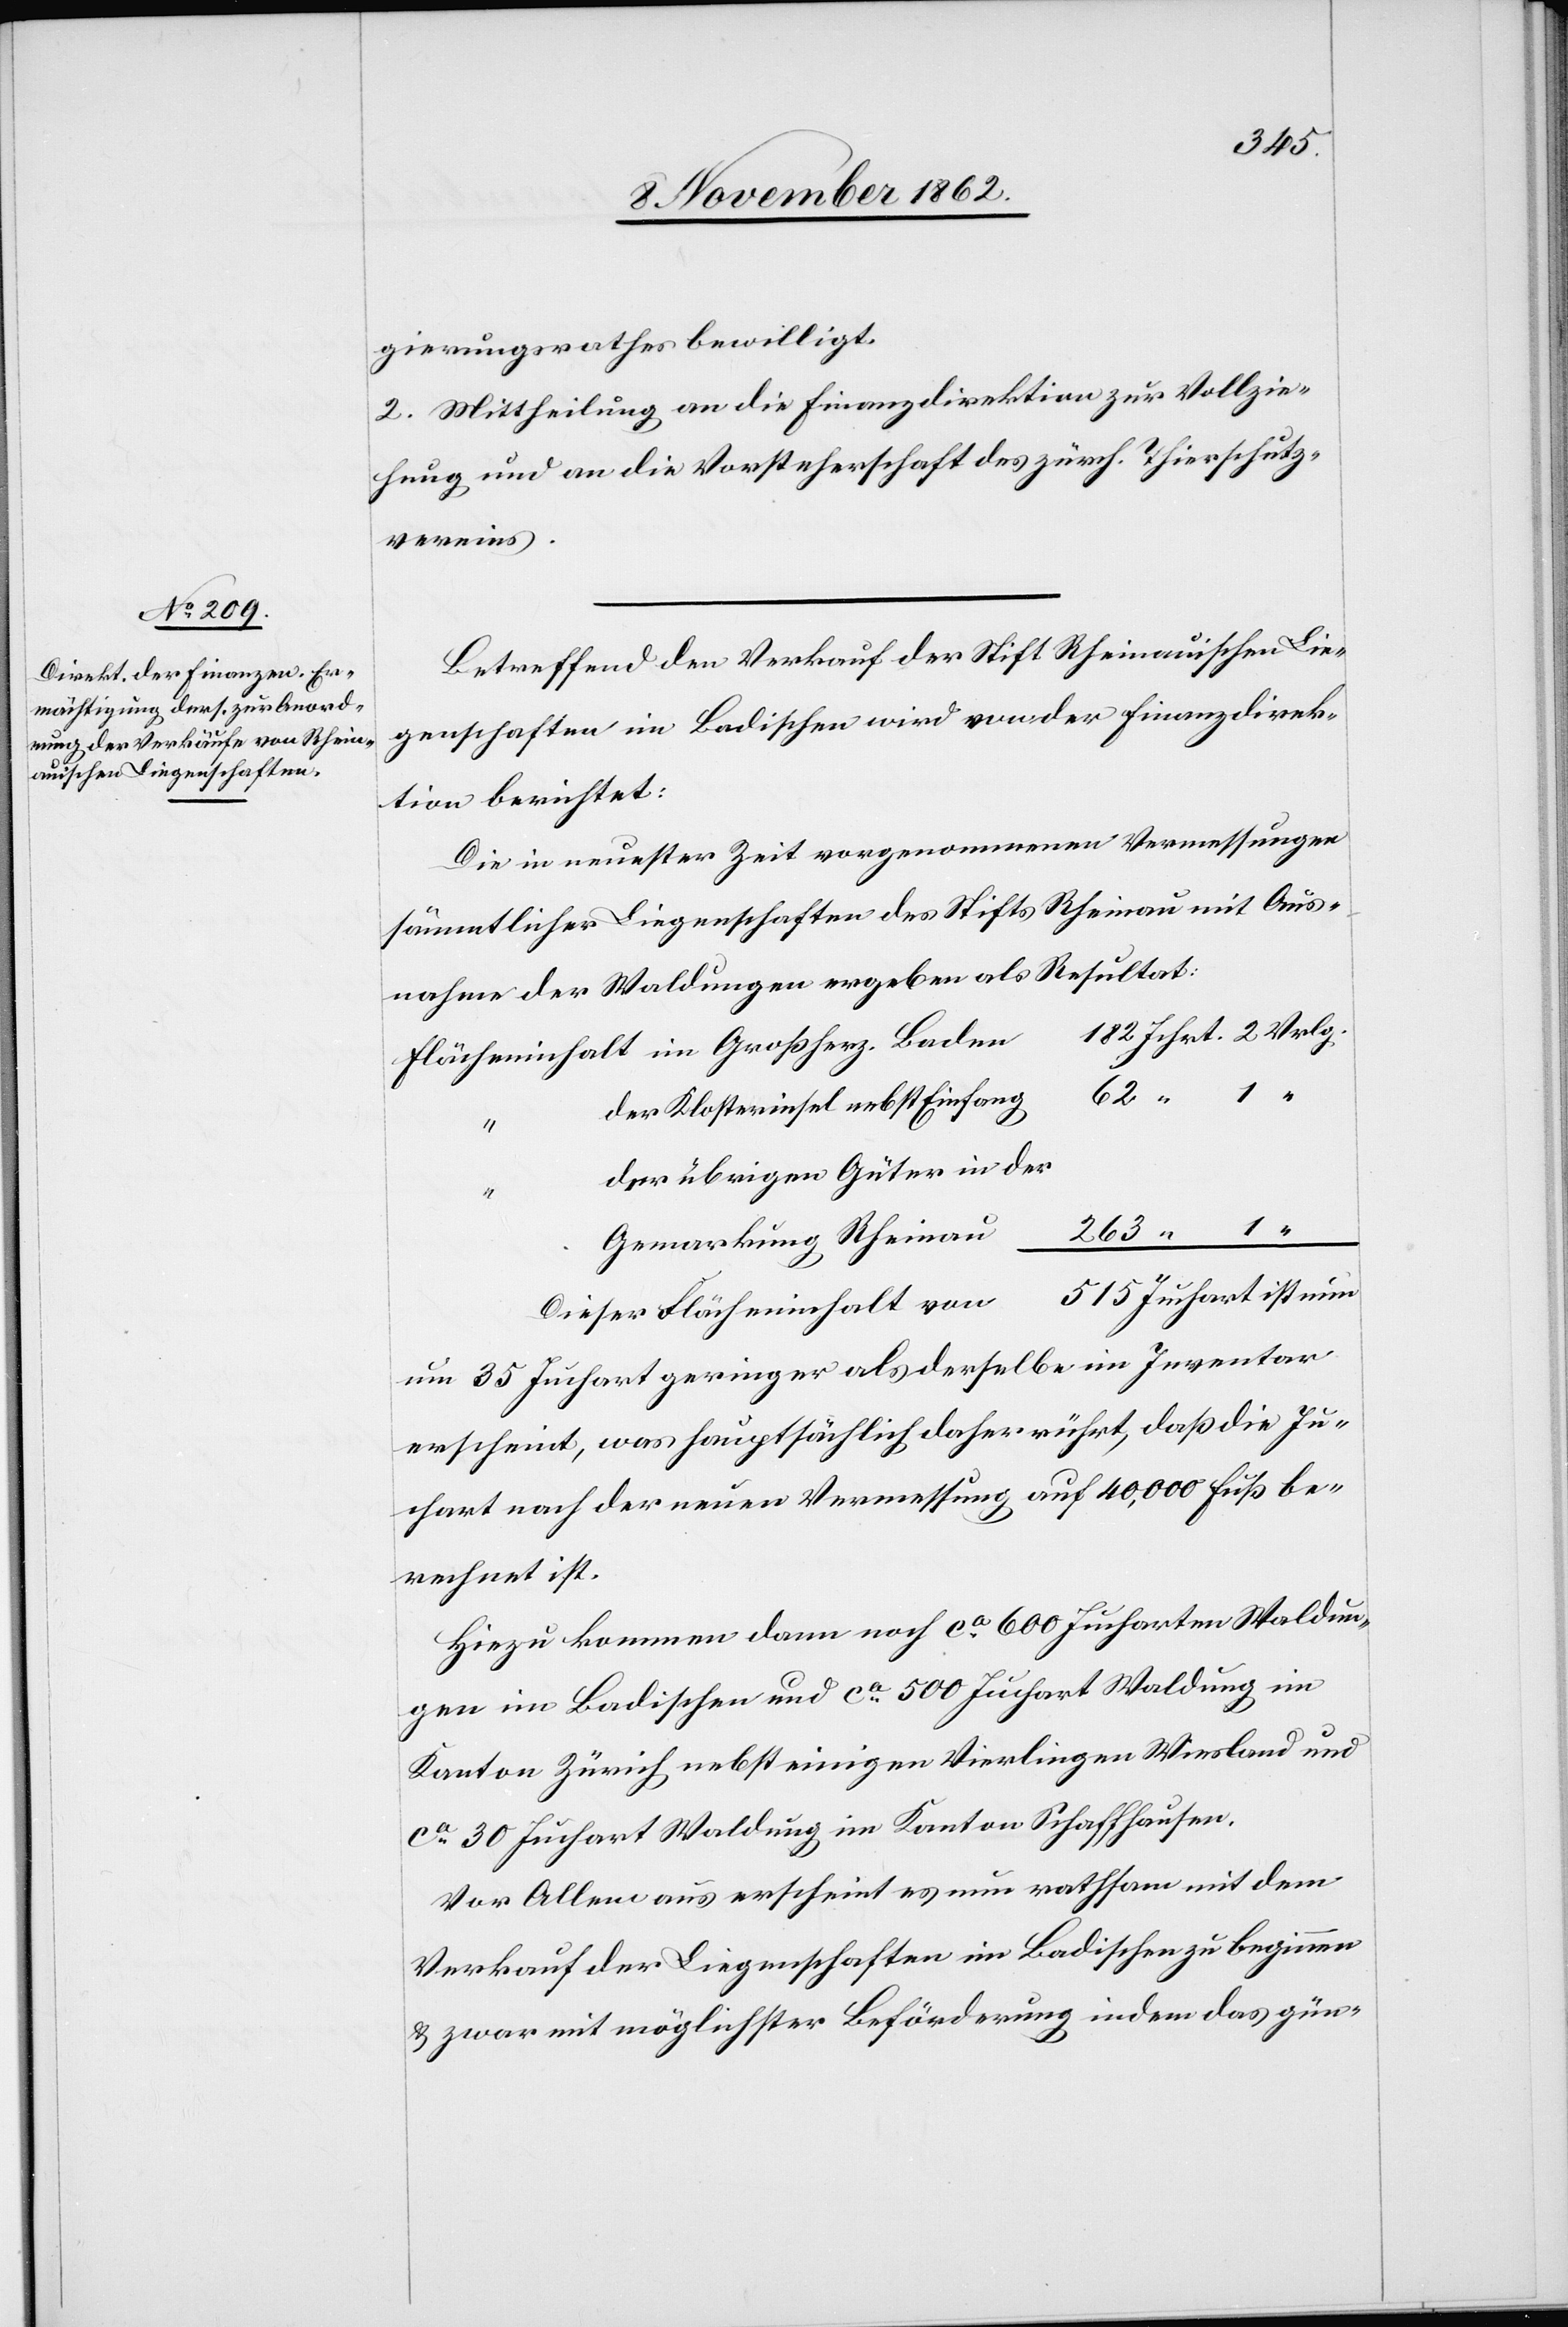
515
gierungsrathes bewilligt.
2. Mittheilung an die Finanzdirektion zur Vollzie¬
hung und an die Vorsteherschaft des zürch. Thierschutz¬
vereins.
Betreffend den Verkauf der Stift Rheinauischen Lie¬
genschaften im Badischen wird von der Finanzdirek¬
tion berichtet:
Die in neuester Zeit vorgenommenen Vermessungen
sämmtlicher Liegenschaften des Stifts Rheinau mit Aus¬
nahme der Waldungen ergeben als Resultat:
der Klosterinsel nebst Einfang
der übrigen Güter in der
Gemarkung Rheinau
Juchart ist nun
Dieser Flächeninhalt von
um 35 Juchart geringer als derselbe im Inventar
erscheint, was hauptsächlich daher rührt, daß die Ju¬
chart nach der neuen Vermessung auf 40,000 Fuß be¬
rechnet ist.
Hiezu kommen dann noch ca 600 Jucharten Waldun¬
gen im Badischen und ca 500 Juchart Waldung im
Kanton Zürich nebst einigen Vierlingen Wiesland und
ca 30 Juchart Waldung im Kanton Schaffhausen.
Vor Allem aus erscheint es nun rathsam mit dem
Verkauf der Liegenschaften im Badischen zu beginnen
u. zwar mit möglichster Beförderung indem das gün-